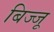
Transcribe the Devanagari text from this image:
बिज्‍जू